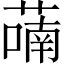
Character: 𬞑